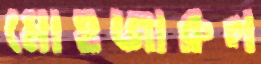
মোহজারুল